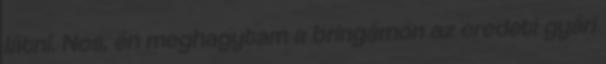
látni. Nos, én meghagytam a bringámon az eredeti gyári